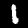
Digit: 1